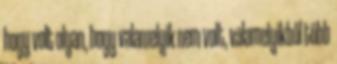
hogy volt olyan, hogy valamelyik nem volt, valamelyikből több